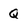
Character: Q